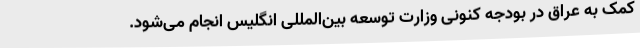
کمک به عراق در بودجه کنونی وزارت توسعه بین‌المللی انگلیس انجام می‌شود.